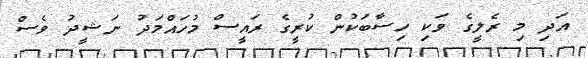
އަދި މި ރެލީގެ ވަކި ހިސާބަކުން ކުރީގެ ރައީސް މުހައްމަދު ނަޝީދު ވެސް